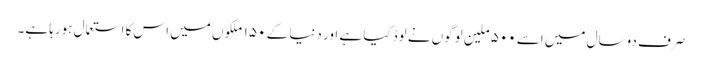
صرف دوسال میں اسے ۵۰۰ ملین لوگوں نے لوڈکیا ہے اور دنیا کے ۱۵۰ ملکوں میں اس کا استعمال ہورہا ہے۔